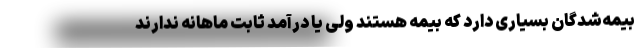
بیمه‌شدگان بسیاری دارد که بیمه هستند ولی یا درآمد ثابت ماهانه ندارند